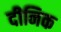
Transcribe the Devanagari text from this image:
दीनिक